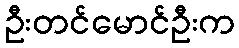
ဦးတင်မောင်ဦးက